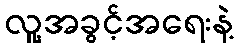
လူ့အခွင့်အရေးနဲ့